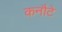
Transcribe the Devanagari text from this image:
कनौटे